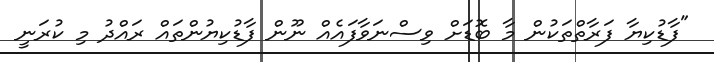
"ފާޑުކިޔާ ފަރާތްތަކުން މާ ބޮޑަށް ވިސްނަވާފައެއް ނޫން ފާޑުކިޔުންތައް ރައްދު މި ކުރަނީ